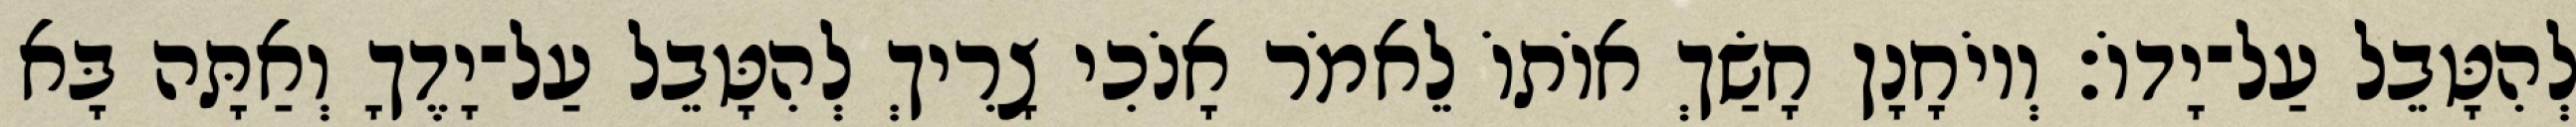
לְהִטָּבֵל עַל־יָדוֹ׃ וְיוֹחָנָן חָשַׂךְ אוֹתוֹ לֵאמֹר אָנֹכִי צָרִיךְ לְהִטָּבֵל עַל־יָדֶךָ וְאַתָּה בָּא